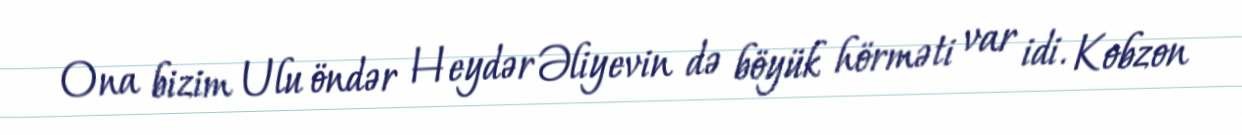
Ona bizim Ulu öndər Heydər Əliyevin də böyük hörməti var idi. Kobzon